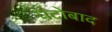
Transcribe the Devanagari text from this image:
घंटोबाद